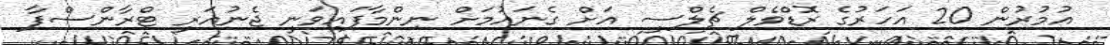
އުމުރުން 20 އަހަރުގެ ރޮޑްވެލް ޗެލްސީ އަށް ގެނައުމަށް ނިންމާފައިވަނީ ޖެނުއަރީ ޓްރާންސްފާ